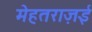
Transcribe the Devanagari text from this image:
मेहतराज़ई